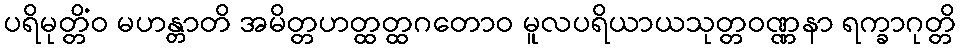
ပရိမုတ္တိံဝ မဟန္တာတိ အမိတ္တဟတ္ထတ္ထဂတောဝ မူလပရိယာယသုတ္တဝဏ္ဏနာ ရက္ခာဂုတ္တိ